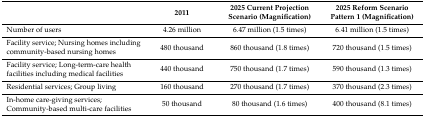
|  | 2011 | 2025 Current Projection Scenario (Magnification) | 2025 Reform Scenario Pattern 1 (Magnification) |
 | --- | --- | --- | --- |
 | Number of users | 4.26 million | 6.47 million (1.5 times) | 6.41 million (1.5 times) |
 | Facility service; Nursing homes including community-based nursing homes | 480 thousand | 860 thousand (1.8 times) | 720 thousand (1.5 times) |
 | Facility service; Long-term-care health facilities including medical facilities | 440 thousand | 750 thousand (1.7 times) | 590 thousand (1.3 times) |
 | Residential services; Group living | 160 thousand | 270 thousand (1.7 times) | 370 thousand (2.3 times) |
 | In-home care-giving services; Community-based multi-care facilities | 50 thousand | 80 thousand (1.6 times) | 400 thousand (8.1 times) |